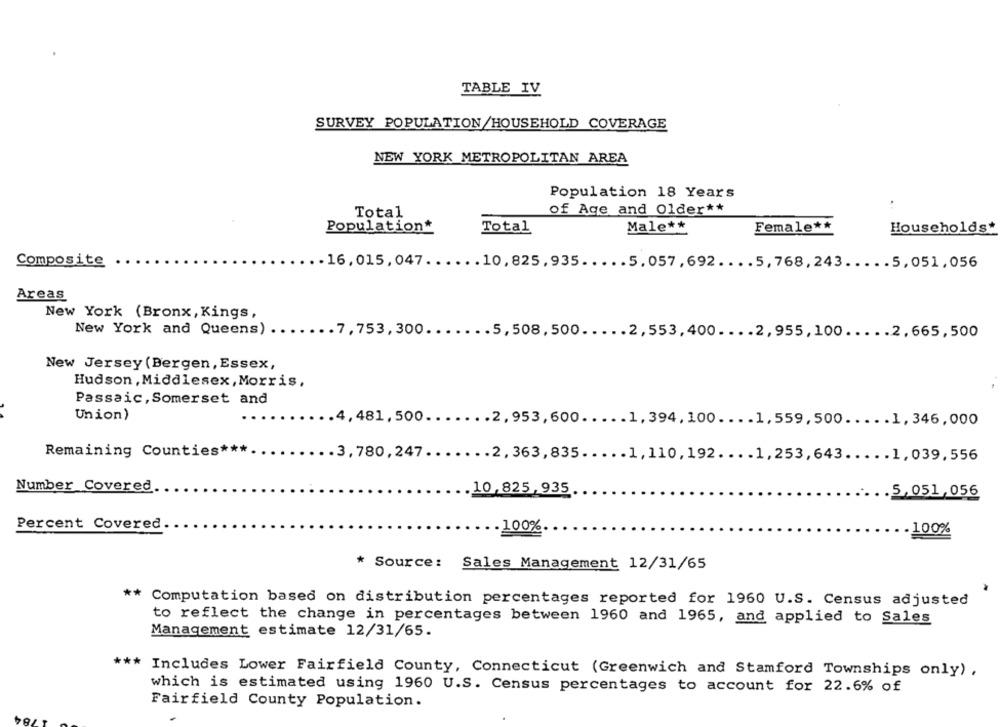
TABLE IV
SURVEY POPULATION/HOUSEHOLD COVERAGE
NEW YORK METROPOLITAN AREA
Population 18 Years
of Age and Older **
Total
Male **
Female **
Population*
Total
Households*
Composite
. 16, 015, 047 ...... 10, 825, 935 ..... 5. 057 , 692 . ... 5, 768, 243 ..... 5, 051 , 056
Areas
New York (Bronx, Kings,
New York and Queens) .
..... 7,753,300 ....... 5,508,500 ..... 2,553,400 .... 2,955,100 ..... 2,665,500
New Jersey (Bergen, Essex,
Hudson , Middlesex, Morris,
Passaic, Somerset and
Union)
.4, 481, 500 ....... 2, 953, 600 ..... 1, 394, 100 .... 1, 559, 500 .... . 1, 346, 000
Remaining Counties ***.
.3,780,247 ....... 2, 363, 835 ..... 1, 110, 192 .... 1, 253,643 ..... 1,039,556
Number Covered.
.10,825,935
.5,051,056
Percent Covered
.100%.
.100%
* Source: Sales Management 12/31/65
** Computation based on distribution percentages reported for 1960 U.S. Census adjusted
to reflect the change in percentages between 1960 and 1965, and applied to Sales
Management estimate 12/31/65.
*** Includes Lower Fairfield County, Connecticut (Greenwich and Stamford Townships only) ,
which is estimated using 1960 U.S. Census percentages to account for 22.6% of
Fairfield County Population.